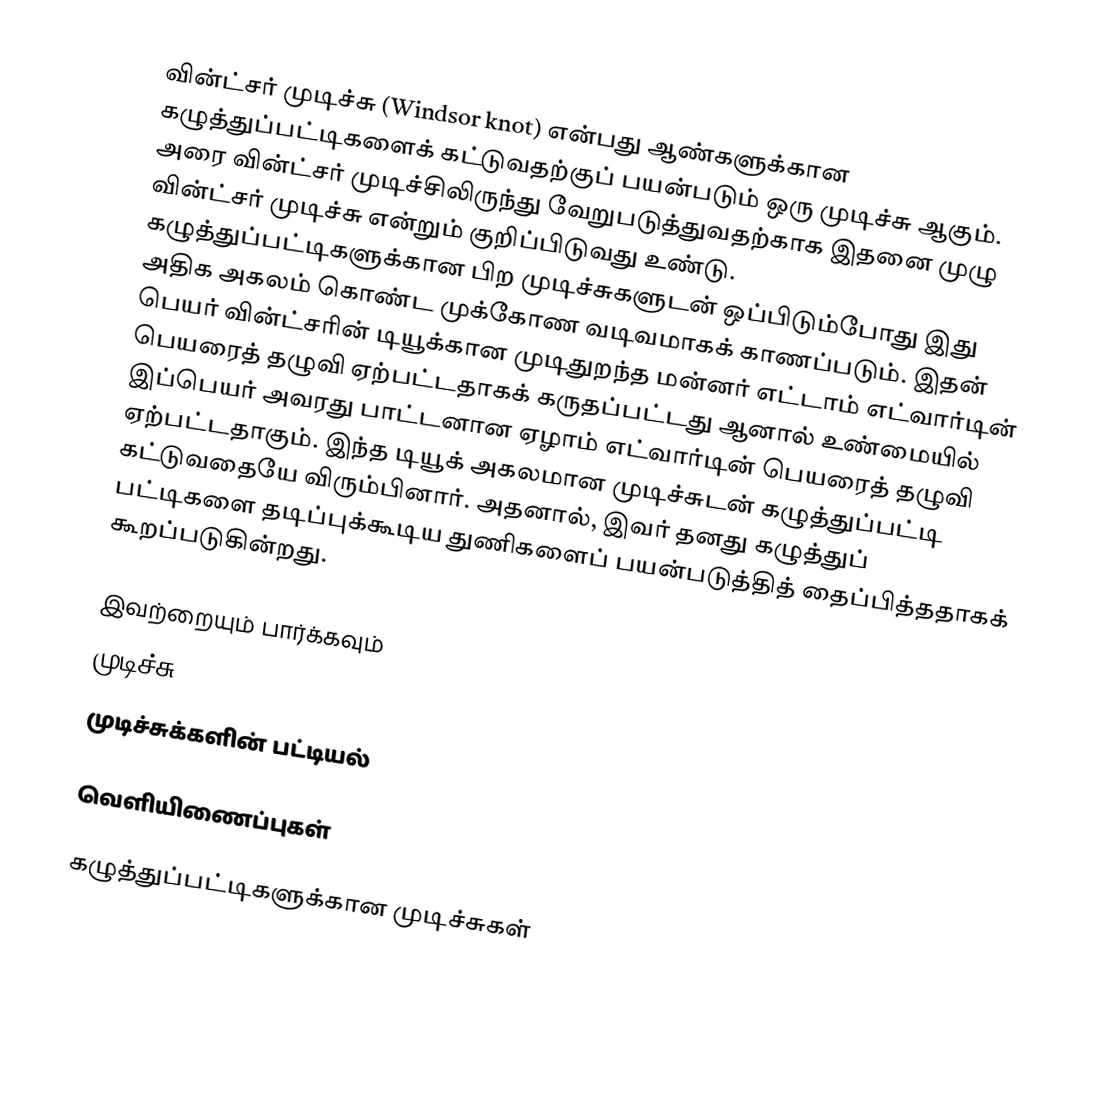
வின்ட்சர் முடிச்சு (Windsor knot) என்பது ஆண்களுக்கான கழுத்துப்பட்டிகளைக் கட்டுவதற்குப் பயன்படும் ஒரு முடிச்சு ஆகும். அரை வின்ட்சர் முடிச்சிலிருந்து வேறுபடுத்துவதற்காக இதனை முழு வின்ட்சர் முடிச்சு என்றும் குறிப்பிடுவது உண்டு. கழுத்துப்பட்டிகளுக்கான பிற முடிச்சுகளுடன் ஒப்பிடும்போது இது அதிக அகலம் கொண்ட முக்கோண வடிவமாகக் காணப்படும். இதன் பெயர் வின்ட்சரின் டியூக்கான முடிதுறந்த மன்னர் எட்டாம் எட்வார்டின் பெயரைத் தழுவி ஏற்பட்டதாகக் கருதப்பட்டது ஆனால் உண்மையில் இப்பெயர் அவரது பாட்டனான ஏழாம் எட்வார்டின் பெயரைத் தழுவி ஏற்பட்டதாகும். இந்த டியூக் அகலமான முடிச்சுடன் கழுத்துப்பட்டி கட்டுவதையே விரும்பினார். அதனால், இவர் தனது கழுத்துப் பட்டிகளை தடிப்புக்கூடிய துணிகளைப் பயன்படுத்தித் தைப்பித்ததாகக் கூறப்படுகின்றது.

இவற்றையும் பார்க்கவும்
 முடிச்சு
 முடிச்சுக்களின் பட்டியல்

வெளியிணைப்புகள்

கழுத்துப்பட்டிகளுக்கான முடிச்சுகள்

de:Krawattenknoten#Windsorknoten